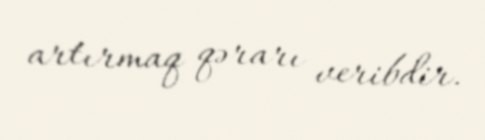
artırmaq qərarı veribdir.